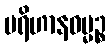
ပရိဟာနဓမ္မဉ္စ